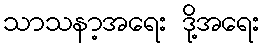
သာသနာ့အရေး ဒို့အရေး